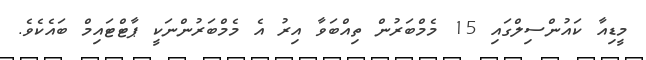
މީޑިއާ ކައުންސިލްގައި 15 މެމްބަރުން ތިއްބަވާ އިރު އެ މެމްބަރުންނަކީ ޕާޓްޓައިމް ބައެކެވެ.